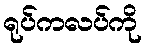
ရုပ်ကလပ်ကို